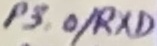
Text: P3.0/RXD